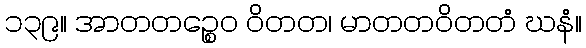
၁၃၉။ အာတတဉ္စေဝ ဝိတတ၊ မာတတဝိတတံ ဃနံ။